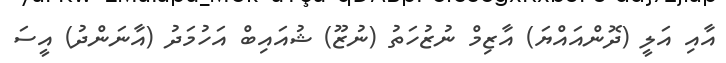
އާއި އަލީ (ދޮންއައްޔަ) އާޒިމް ނުޒުހަތު (ނުޒޫ) ޝުއައިބް އަހުމަދު (އާނަންދު) އީސަ